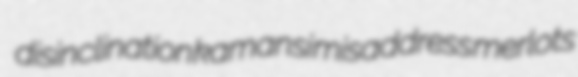
disinclination kamansi misaddress merlots